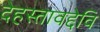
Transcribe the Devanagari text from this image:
देहस्तावद्देवि